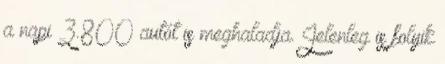
a napi 3.800 autót is meghaladja. Jelenleg is folyik